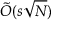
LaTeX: { \tilde { O } } ( s { \sqrt { N } } )